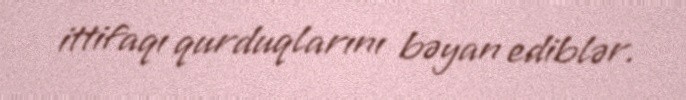
ittifaqı qurduqlarını bəyan ediblər.